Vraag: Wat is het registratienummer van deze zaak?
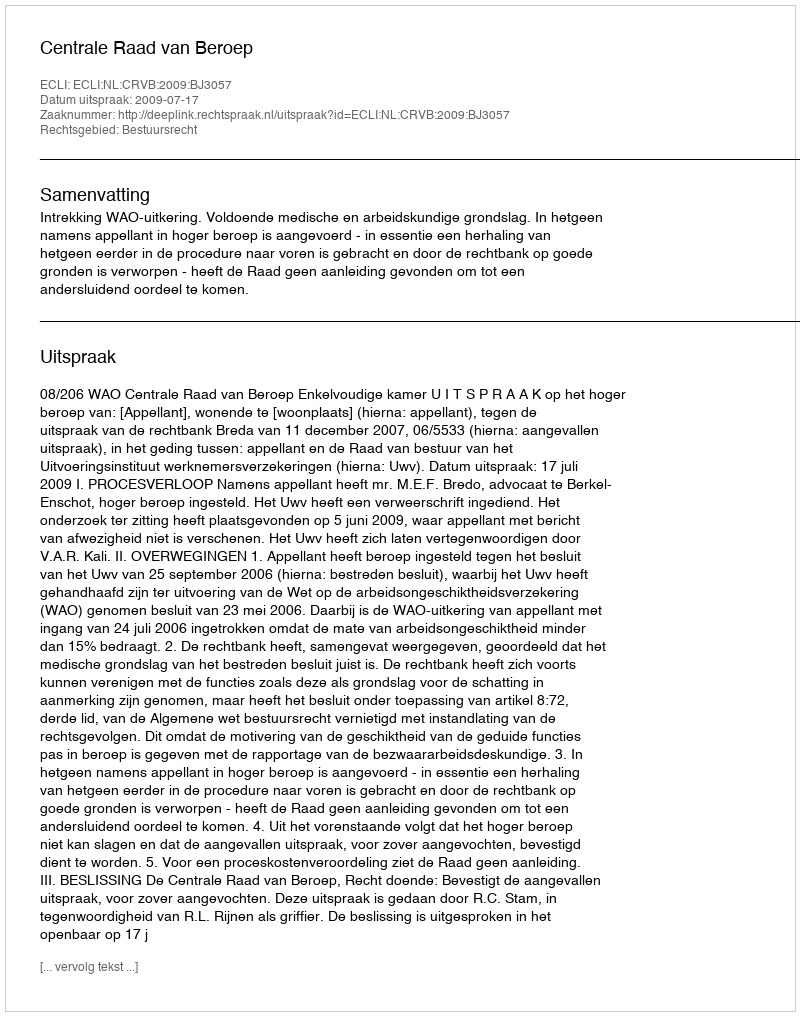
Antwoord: http://deeplink.rechtspraak.nl/uitspraak?id=ECLI:NL:CRVB:2009:BJ3057